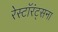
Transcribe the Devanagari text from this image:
रेस्टॉरंट्सना